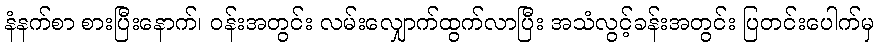
နံနက်စာ စားပြီးနောက်၊ ဝန်းအတွင်း လမ်းလျှောက်ထွက်လာပြီး အသံလွင့်ခန်းအတွင်း ပြတင်းပေါက်မှ